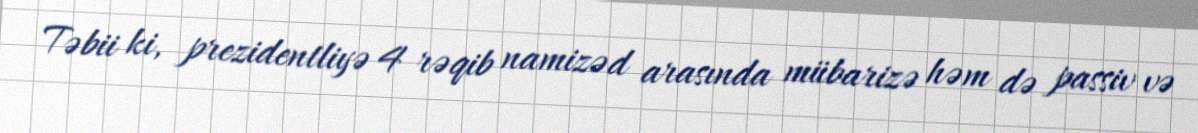
Təbii ki, prezidentliyə 4 rəqib namizəd arasında mübarizə həm də passiv və